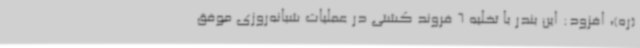
(ره)، افزود: این بندر با تخلیه 6 فروند کشتی در عملیات شبانه‌روزی موفق